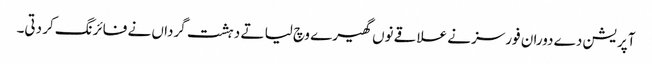
آپریشن دے دوران فورسز نے علاقے نوں گھیرے وچ لیا تے دہشت گرداں نے فائرنگ کر دتی۔